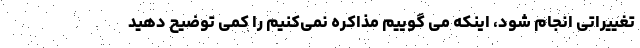
تغییراتی انجام شود، اینکه می گوییم مذاکره نمی‌کنیم را کمی توضیح دهید